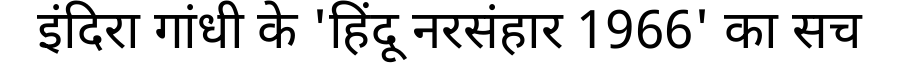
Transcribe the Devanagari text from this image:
इंदिरा गांधी के 'हिंदू नरसंहार 1966' का सच